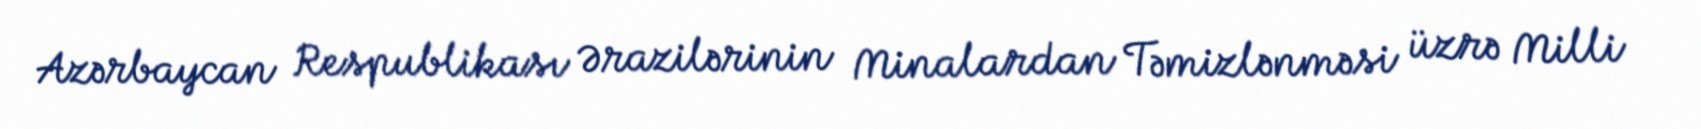
Azərbaycan Respublikası Ərazilərinin Minalardan Təmizlənməsi üzrə Milli